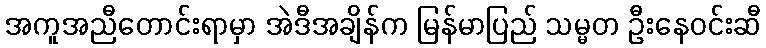
အကူအညီတောင်းရာမှာ အဲဒီအချိန်က မြန်မာပြည် သမ္မတ ဦးနေဝင်းဆီ